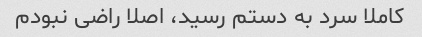
کاملا سرد به دستم رسید، اصلا راضی نبودم